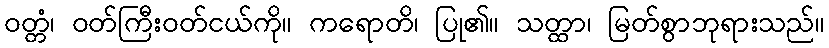
ဝတ္တံ၊ ဝတ်ကြီးဝတ်ငယ်ကို။ ကရောတိ၊ ပြု၏။ သတ္ထာ၊ မြတ်စွာဘုရားသည်။